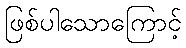
ဖြစ်ပါသောကြောင့်